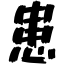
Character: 患